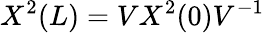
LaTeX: X^{2}(L)=VX^{2}(0)V^{-1}